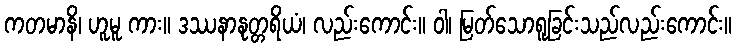
ကတမာနိ၊ ဟူမူ ကား။ ဒဿနာနုတ္တရိယံ၊ လည်းကောင်း။ ဝါ၊ မြတ်သောရူခြင်းသည်လည်းကောင်း။